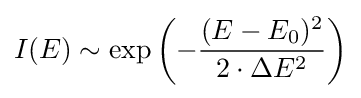
I(E)\sim \exp \left(-{\frac {(E-E_{0})^{2}}{2\cdot \Delta E^{2}}}\right)